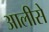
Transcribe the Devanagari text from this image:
आलीसे